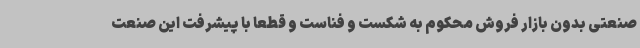
صنعتی بدون بازار فروش محکوم به شکست و فناست و قطعا با پیشرفت این صنعت